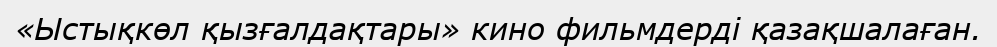
«Ыстықкөл қызғалдақтары» кино фильмдерді қазақшалаған.